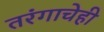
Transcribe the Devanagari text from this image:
तरंगाचेही